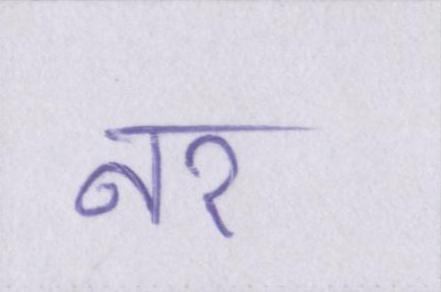
नर